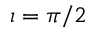
\iota = \pi / 2